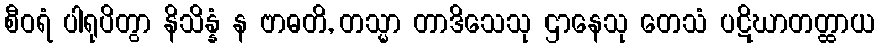
စီဝရံ ပါရုပိတွာ နိသိန္နံ န ဗာဓတိ, တသ္မာ တာဒိသေသု ဌာနေသု တေသံ ပဋိဃာတတ္ထာယ